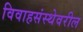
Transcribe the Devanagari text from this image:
विवाहसंस्थेवरील